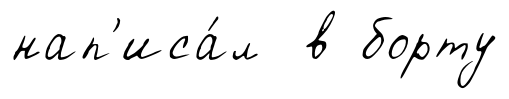
нап'иса́л в борту